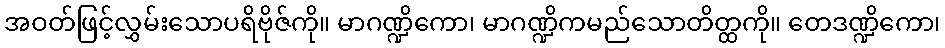
အဝတ်ဖြင့်လွှမ်းသောပရိဗိုဇ်ကို။ မာဂဏ္ဍိကော၊ မာဂဏ္ဍိကမည်သောတိတ္ထကို။ တေဒဏ္ဍိကော၊